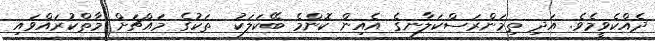
ދެއްކެވީމެވެ. އަދި ތިމަންރަސްކަލާނގެ އެއިން ކޮންމެ ބޭކަލަކު  ތަކުގެ މައްޗަށް މާތްކުރައްވައި